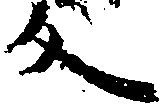
反